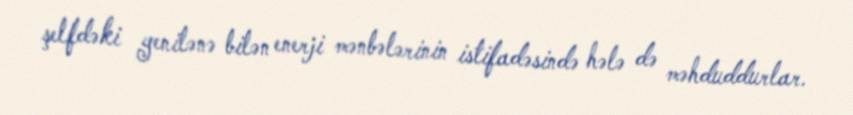
şelfdəki yenilənə bilən enerji mənbələrinin istifadəsində hələ də məhduddurlar.